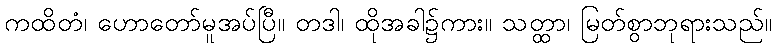
ကထိတံ၊ ဟောတော်မူအပ်ပြီ။ တဒါ၊ ထိုအခါ၌ကား။ သတ္ထာ၊ မြတ်စွာဘုရားသည်။